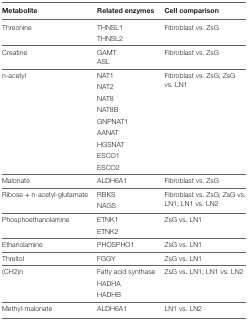
| Metabolite | Related enzymes | Cell comparison |
 | --- | --- | --- |
 | <ROWSPAN=2> Threonine | THNSL1 | <ROWSPAN=2> Fibroblast vs. ZsG |
 | THNSL2 |
 | <ROWSPAN=2> Creatine | GAMT | <ROWSPAN=2> Fibroblast vs. ZsG |
 | ASL |
 | <ROWSPAN=9> n-acetyl | NAT1 | <ROWSPAN=9> Fibroblast vs. ZsG; ZsG vs. LN1 |
 | NAT2 |
 | NAT8 |
 | NAT8B |
 | GNPNAT1 |
 | AANAT |
 | HGSNAT |
 | ESCO1 |
 | ESCO2 |
 | Malonate | ALDH6A1 | Fibroblast vs. ZsG |
 | <ROWSPAN=2> Ribose + n-acetyl-glutamate | RBKS | <ROWSPAN=2> Fibroblast vs. ZsG; ZsG vs. LN1; LN1 vs. LN2 |
 | NAGS |
 | <ROWSPAN=2> Phosphoethanolamine | ETNK1 | <ROWSPAN=2> ZsG vs. LN1 |
 | ETNK2 |
 | Ethanolamine | PHOSPHO1 | ZsG vs. LN1 |
 | Threitol | FGGY | ZsG vs. LN1 |
 | <ROWSPAN=3> (CH2)n | Fatty acid synthase | <ROWSPAN=3> ZsG vs. LN1; LN1 vs. LN2 |
 | HADHA |
 | HADHB |
 | Methyl-malonate | ALDH6A1 | LN1 vs. LN2 |